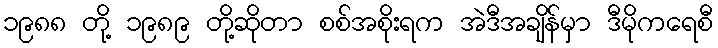
၁၉၈၈ တို့ ၁၉၈၉ တို့ဆိုတာ စစ်အစိုးရက အဲဒီအချိန်မှာ ဒီမိုကရေစီ